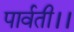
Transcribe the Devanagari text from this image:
पार्वती।।